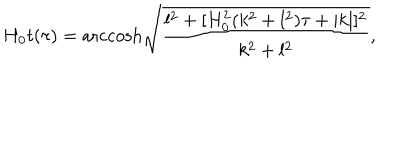
LaTeX: H _ { 0 } t ( \tau ) = \mathrm { a r c c o s h } \sqrt { \frac { l ^ { 2 } + [ H _ { 0 } ^ { 2 } ( k ^ { 2 } + l ^ { 2 } ) \tau + | k | ] ^ { 2 } } { k ^ { 2 } + l ^ { 2 } } } ,